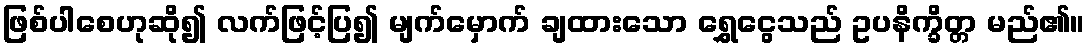
ဖြစ်ပါစေဟုဆို၍ လက်ဖြင့်ပြ၍ မျက်မှောက် ချထားသော ရွှေငွေသည် ဥပနိက္ခိတ္တ မည်၏။